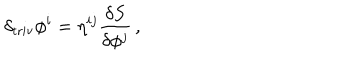
LaTeX: \delta _ { \mathrm { t r i v } } \phi ^ { i } = \eta ^ { i j } \frac { \delta S } { \delta \phi ^ { j } } \, ,